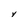
Character: Y